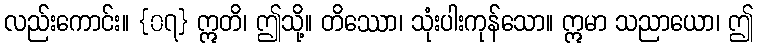
လည်းကောင်း။ {၀၇} ဣတိ၊ ဤသို့။ တိဿော၊ သုံးပါးကုန်သော။ ဣမာ သညာယော၊ ဤ